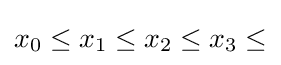
x_{0}\leq x_{1}\leq x_{2}\leq x_{3}\leq